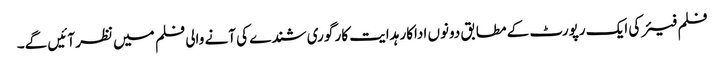
فلم فیئر کی ایک رپورٹ کے مطابق دونوں اداکار ہدایت کار گوری شندے کی آنے والی فلم میں نظر آئیں گے۔